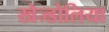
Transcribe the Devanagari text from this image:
खेज्डोलिया